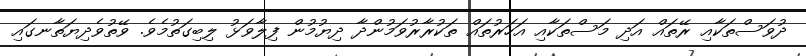
ދުވަސްތަކާއި ރޭތައް އަދި މަސްތަކާއި އަހަރުތައް ތަކުރާރުވަމުންދާ ދިޔުމުން ފިލާވަޅު ލިބިގަތުމެވެ. ވޭތުވެދިޔަތާނގައި